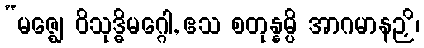
“မဇ္ဈေ ဝိသုဒ္ဓိမဂ္ဂေါ, ဧသ စတုန္နမ္ပိ အာဂမာနဉှိ၊